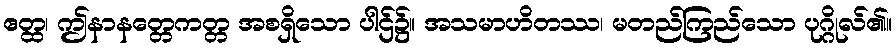
ဧတ္ထ၊ ဤနာနတ္တေကတ္တ အစရှိသော ပါဌ်၌။ အသမာဟိတဿ၊ မတည်ကြည်သော ပုဂ္ဂိုလ်၏။